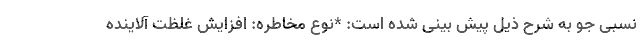
نسبی جو به شرح ذیل پیش بینی شده است: *نوع مخاطره: افزایش غلظت آلاینده